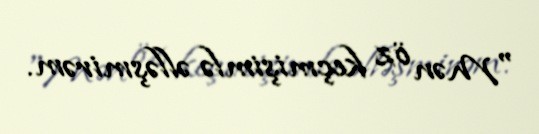
"Mən öz keçmişimlə əlləşmirəm.